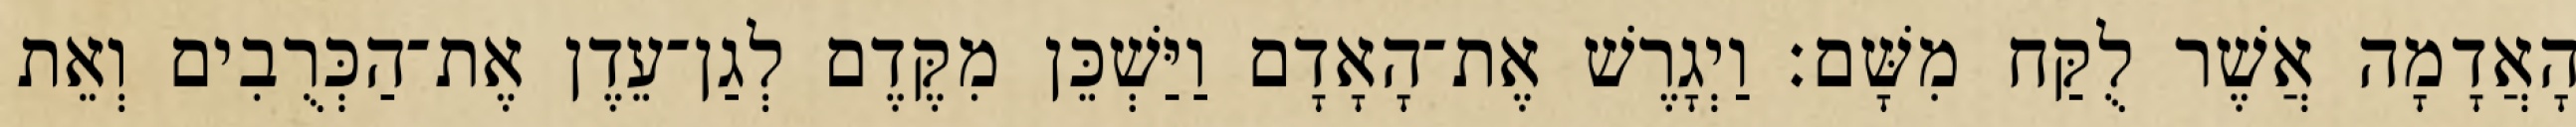
הָאֲדָמָה אֲשֶׁר לֻקַּח מִשָּׁם׃ וַיְגָרֶשׁ אֶת־הָאָדָם וַיַּשְׁכֵּן מִקֶּדֶם לְגַן־עֵדֶן אֶת־הַכְּרֻבִים וְאֵת